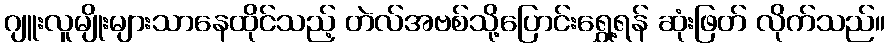
ဂျူးလူမျိုးများသာနေထိုင်သည့် တဲလ်အဗစ်သို့ပြောင်းရွှေ့ရန် ဆုံးဖြတ် လိုက်သည်။